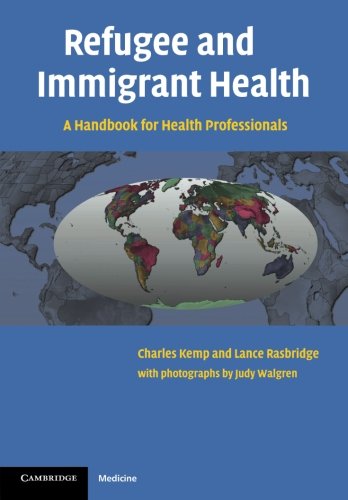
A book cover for Refugee and Immigrant Health: A Handbook for Health Professionals; Charles Kemp; Medical Books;